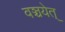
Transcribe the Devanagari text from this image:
वञ्चयेत्